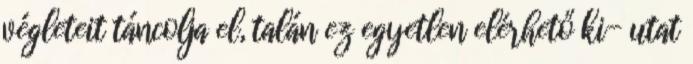
végleteit táncolja el, talán ez egyetlen elérhető ki- utat